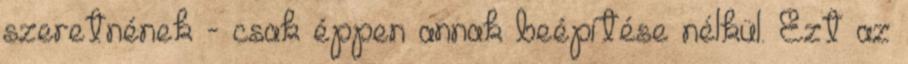
szeretnének - csak éppen annak beépítése nélkül. Ezt az